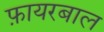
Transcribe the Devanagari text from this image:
फ़ायरबाल